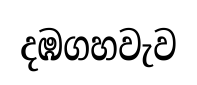
දඹගහවැව